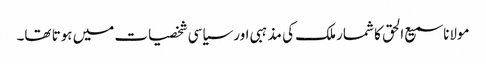
مولانا سمیع الحق کا شمار ملک کی مذہبی اور سیاسی شخصیات میں ہوتا تھا۔